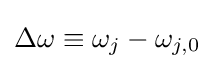
\Delta \omega \equiv \omega _{j}-\omega _{j,0}